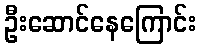
ဦးဆောင်နေကြောင်း